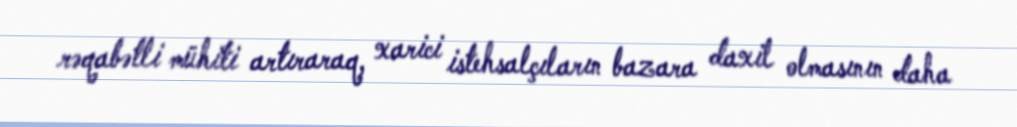
rəqabətli mühiti artıraraq, xarici istehsalçıların bazara daxil olmasının daha